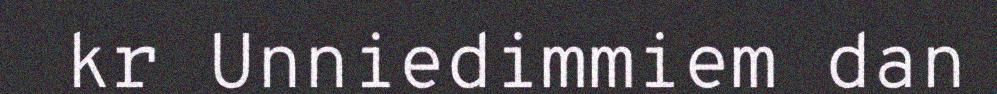
kr Unniedimmiem dan